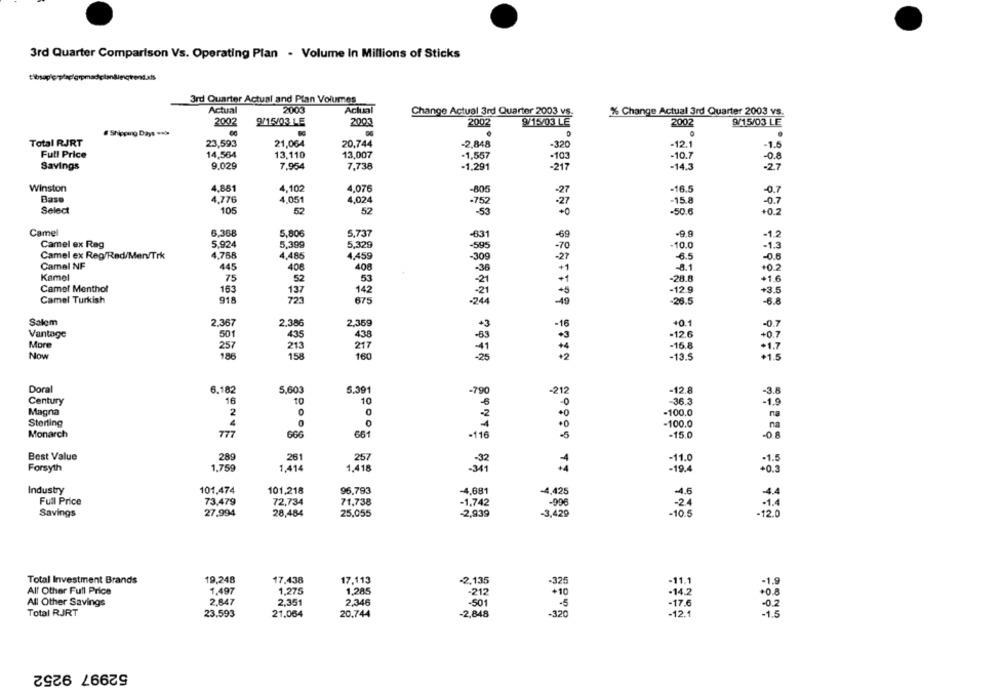
3rd Quarter Comparison Vs. Operating Plan - Volume In Millions of Sticks
3rd Quarter Actual and Plan Volumes
Actual
2003
Actual
Change Actual 3rd Quarter 2003 vs.
% Change Actual 3rd Quarter 2003 vs.
2002
9/15/03 LE
2003
2002
9/15/03 LE
2002
9/15/03 LE
# Shipping Days .. >
.
Total RJRT
23,593
21,064
20,744
-2,848
-320
-12.1
-1.5
Full Price
14,564
13,110
13,007
-1,557
-103
-10.7
-0.8
Savings
9.029
7.954
7,738
-1,291
-217
-14.3
-27
Winston
4,881
4,102
4,076
-805
-27
-16.5
-0.7
Bass
4,776
4,051
4,024
-752
-15.8
-27
-0.7
Select
105
52
52
-53
+ 0
-50.6
+0.2
Camel
6,368
5,806
5.737
-631
-69
-9.9
-1.2
Camel ex Reg
5.924
5,399
5,329
-595
-70
-10.0
-1.3
Camel ex Reg/Red/Men/Trk
4.768
4.485
4,459
-6.5
-309
-27
-0.8
Camel NF
445
406
408
-36
+1
+0.2
Kamel
75
52
.53
-21
-28.8
+1.6
Camel Menthol
163
137
142
-21
+5
-12.9
+3.5
723
Camel Turkish
918
675
-244
-49
-6.8
Salem
2.367
2.386
2,369
-16
+0.1
-0.7
4.35
Vantage
501
438
-12.6
+ 0.7
More
257
213
217
-1.7
Now
186
158
160
+2
-13.5
+1.5
Doral
5.391
6.182
5,603
-790
-212
-12.8
-3.8
Century
16
to
10
-36.3
-1.9
Magna
2
0
- 2
-100.0
na
0
0
Storting
4
.0
-100.0
na
Monarch
777
666
661
-116
.5
-15.0
-08
Best Value
289
261
257
-32
Forsyth
1.759
1.414
1,418
-341
-19.4
Industry
101,474
101,218
96,793
-4,681
-4,425
-4.5
Full Price
73,479
72,734
71,738
-1,742
-998
-2.4
Savings
27,994
28,484
25,055
-2,939
-3,429
-10.5
Total Investment Brands
19,248
17,438
17,113
-2,135
-325
-1.9
-11.1
All Other Full Price
1.497
1,275
1.285
-212
+10
-14.2
+0.8
All Other Savings
2.847
2.351
2.346
-501
-5
-17.6
-0.2
Total RJRT
23,593
21.064
20.744
-2,848
-320
-12.1
-1.5
52997 9252